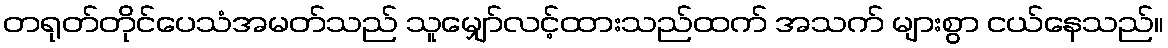
တရုတ်တိုင်ပေသံအမတ်သည် သူမျှော်လင့်ထားသည်ထက် အသက် များစွာ ငယ်နေသည်။